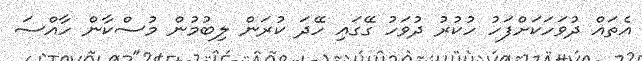
އެތައް ދުވަހަކަށްފަހު ހުކުރު ދުވަހު ގޭގައި ހޭދަ ކުރަން ލިބުމުން މުސްކާން ހާއްސަ